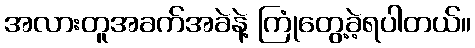
အလားတူအခက်အခဲနဲ့ ကြုံတွေ့ခဲ့ရပါတယ်။